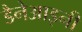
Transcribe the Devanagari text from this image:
डैनेआइनी